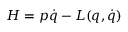
H = p \dot { q } - L ( q , \dot { q } )